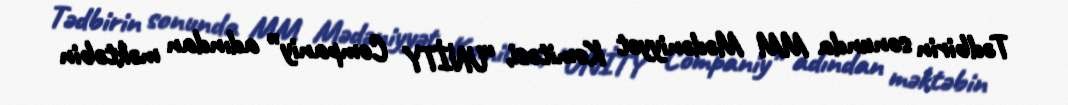
Tədbirin sonunda MM Mədəniyyət Komitəsi, “UNİTY Companiy” adından məktəbin